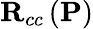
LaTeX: \mathbf{R}_{cc}\left(\mathbf{P}\right)